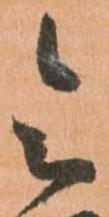
令